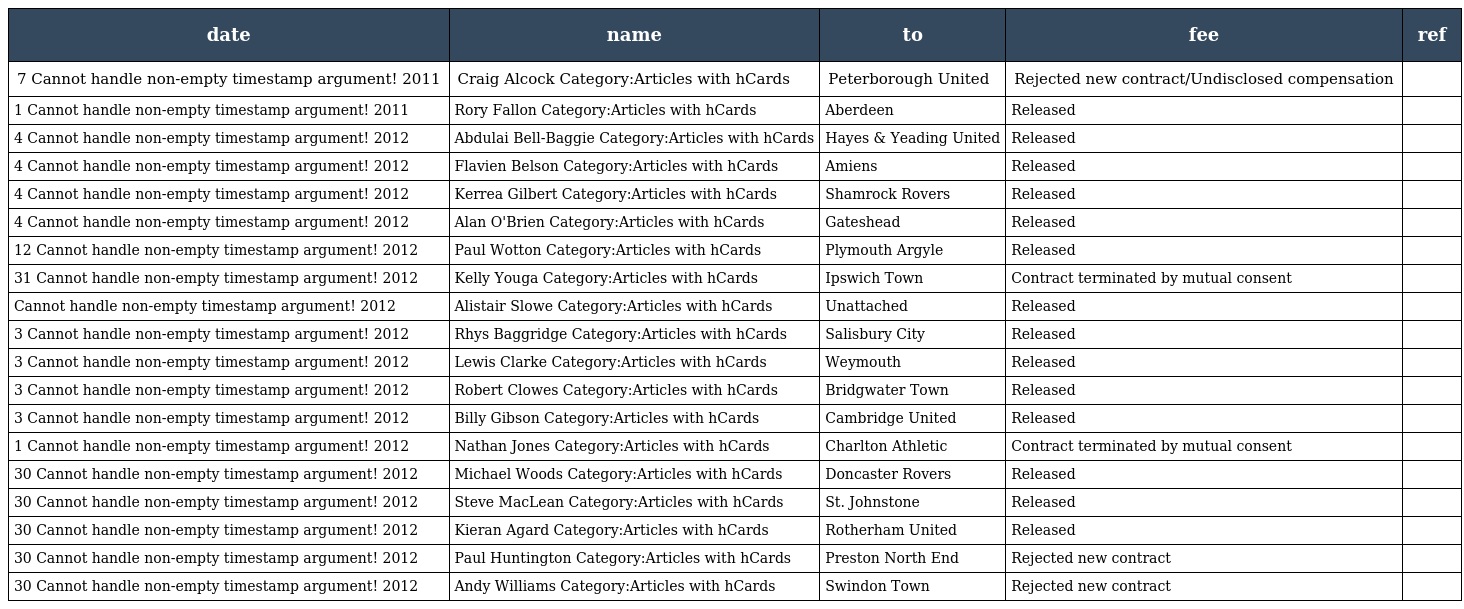
| date | name | to | fee | ref |
 | --- | --- | --- | --- | --- |
 | 7 Cannot handle non-empty timestamp argument! 2011 | Craig Alcock Category:Articles with hCards | Peterborough United | Rejected new contract/Undisclosed compensation |  |
 | 1 Cannot handle non-empty timestamp argument! 2011 | Rory Fallon Category:Articles with hCards | Aberdeen | Released |  |
 | 4 Cannot handle non-empty timestamp argument! 2012 | Abdulai Bell-Baggie Category:Articles with hCards | Hayes & Yeading United | Released |  |
 | 4 Cannot handle non-empty timestamp argument! 2012 | Flavien Belson Category:Articles with hCards | Amiens | Released |  |
 | 4 Cannot handle non-empty timestamp argument! 2012 | Kerrea Gilbert Category:Articles with hCards | Shamrock Rovers | Released |  |
 | 4 Cannot handle non-empty timestamp argument! 2012 | Alan O'Brien Category:Articles with hCards | Gateshead | Released |  |
 | 12 Cannot handle non-empty timestamp argument! 2012 | Paul Wotton Category:Articles with hCards | Plymouth Argyle | Released |  |
 | 31 Cannot handle non-empty timestamp argument! 2012 | Kelly Youga Category:Articles with hCards | Ipswich Town | Contract terminated by mutual consent |  |
 | Cannot handle non-empty timestamp argument! 2012 | Alistair Slowe Category:Articles with hCards | Unattached | Released |  |
 | 3 Cannot handle non-empty timestamp argument! 2012 | Rhys Baggridge Category:Articles with hCards | Salisbury City | Released |  |
 | 3 Cannot handle non-empty timestamp argument! 2012 | Lewis Clarke Category:Articles with hCards | Weymouth | Released |  |
 | 3 Cannot handle non-empty timestamp argument! 2012 | Robert Clowes Category:Articles with hCards | Bridgwater Town | Released |  |
 | 3 Cannot handle non-empty timestamp argument! 2012 | Billy Gibson Category:Articles with hCards | Cambridge United | Released |  |
 | 1 Cannot handle non-empty timestamp argument! 2012 | Nathan Jones Category:Articles with hCards | Charlton Athletic | Contract terminated by mutual consent |  |
 | 30 Cannot handle non-empty timestamp argument! 2012 | Michael Woods Category:Articles with hCards | Doncaster Rovers | Released |  |
 | 30 Cannot handle non-empty timestamp argument! 2012 | Steve MacLean Category:Articles with hCards | St. Johnstone | Released |  |
 | 30 Cannot handle non-empty timestamp argument! 2012 | Kieran Agard Category:Articles with hCards | Rotherham United | Released |  |
 | 30 Cannot handle non-empty timestamp argument! 2012 | Paul Huntington Category:Articles with hCards | Preston North End | Rejected new contract |  |
 | 30 Cannot handle non-empty timestamp argument! 2012 | Andy Williams Category:Articles with hCards | Swindon Town | Rejected new contract |  |